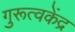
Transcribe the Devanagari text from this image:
गुरूत्वकेंद्र